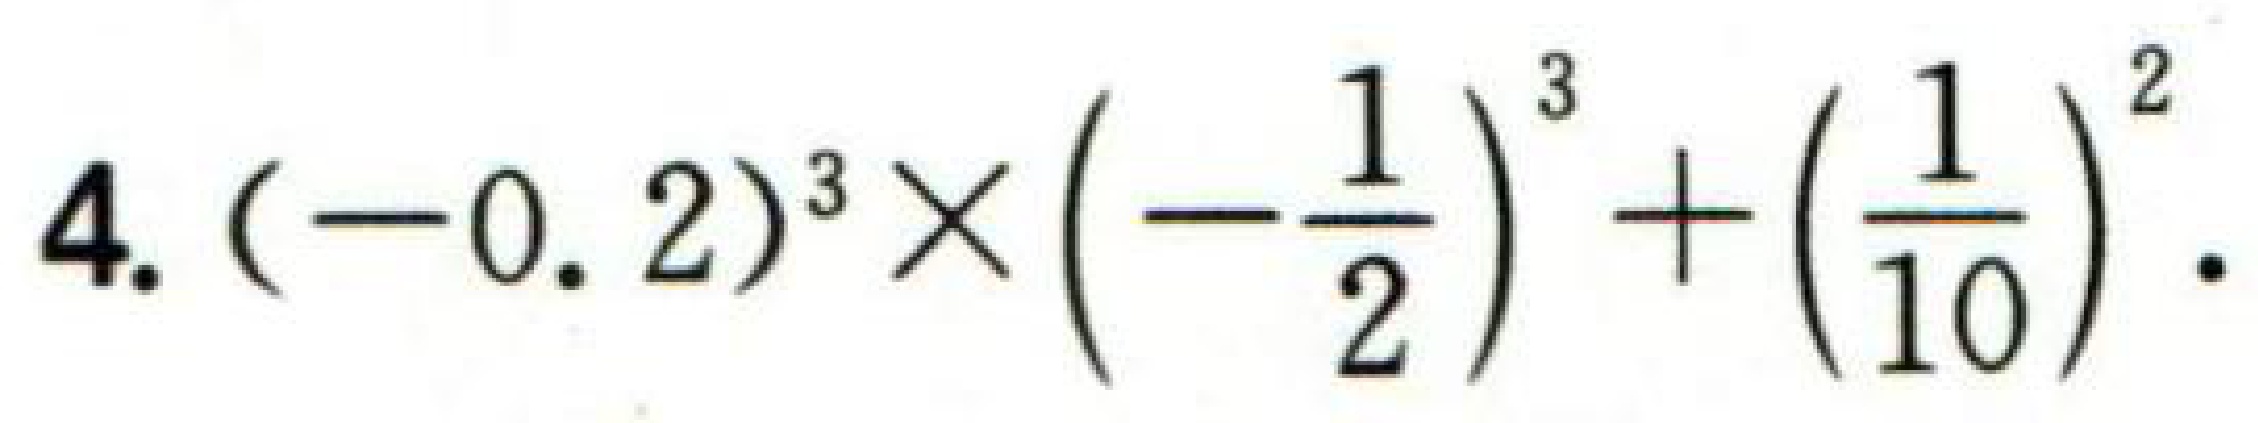
$4.(-0.2)^{3}\times\left(-\dfrac{1}{2}\right)^{3}+\left(\dfrac{1}{10}\right)^{2}.$